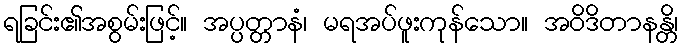
ရခြင်း၏အစွမ်းဖြင့်။ အပ္ပတ္တာနံ၊ မရအပ်ဖူးကုန်သော။ အဝိဒိတာနန္တိ၊